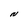
Character: N